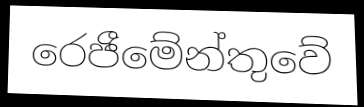
රෙජීමේන්තුවේ